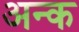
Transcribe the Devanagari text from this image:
अन्क